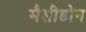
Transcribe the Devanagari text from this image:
मैसीडोन